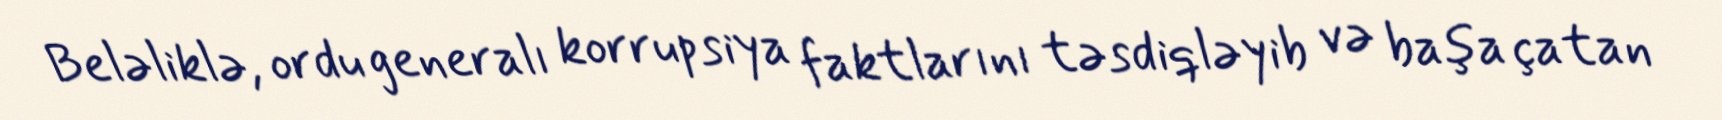
Beləliklə, ordu generalı korrupsiya faktlarını təsdiqləyib və başa çatan